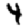
Digit: 4